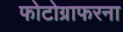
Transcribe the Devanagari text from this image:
फोटोग्राफरना